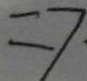
\Rightarrow